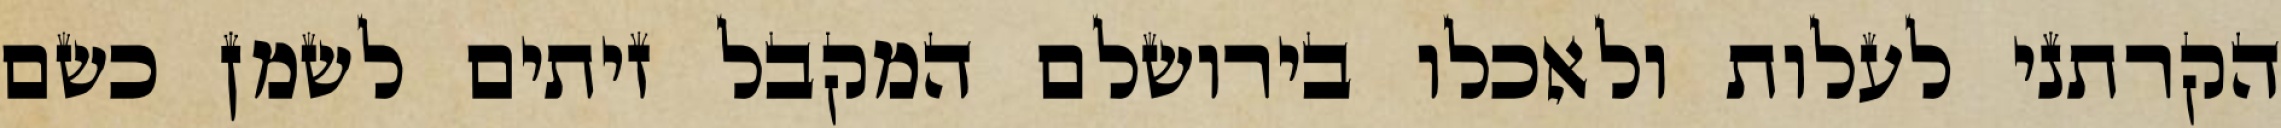
הקרתני לעלות ולאכלו בירושלם המקבל זיתים לשמן כשם